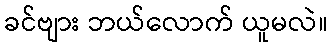
ခင်ဗျား ဘယ်လောက် ယူမလဲ။